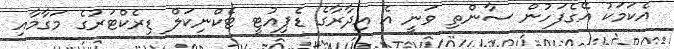
އެކަމަކު އޭގެފަހުން ސާންތި ވަނީ އެ އިދާރާގެ ޑެޕިއުޓީ ޓެކްނިކަލް ޑިރެކްޓަރުގެ މަގާމާއި